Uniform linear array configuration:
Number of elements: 8
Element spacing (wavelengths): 1
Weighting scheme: kaiser
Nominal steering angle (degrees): -15
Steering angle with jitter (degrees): -16.99
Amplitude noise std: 0.05
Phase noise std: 0.05

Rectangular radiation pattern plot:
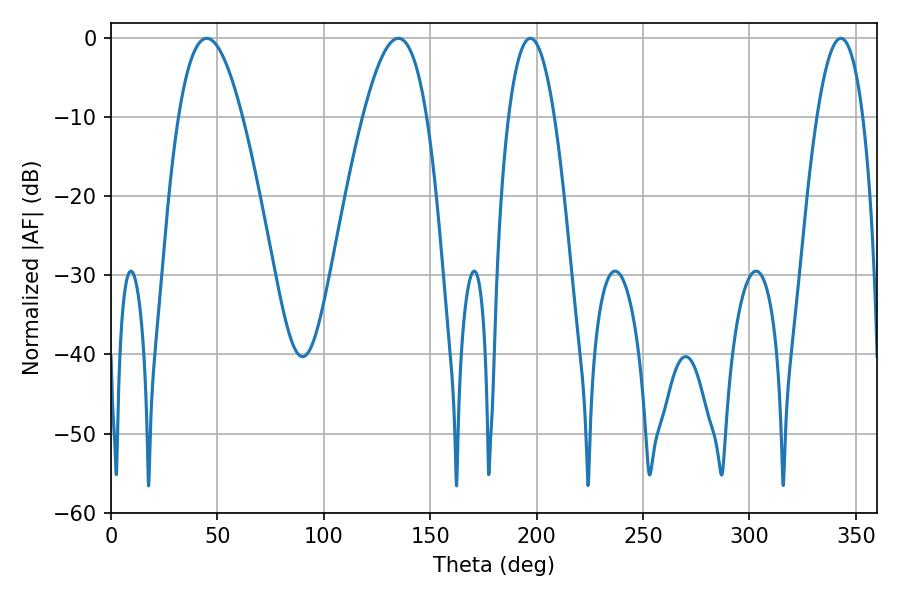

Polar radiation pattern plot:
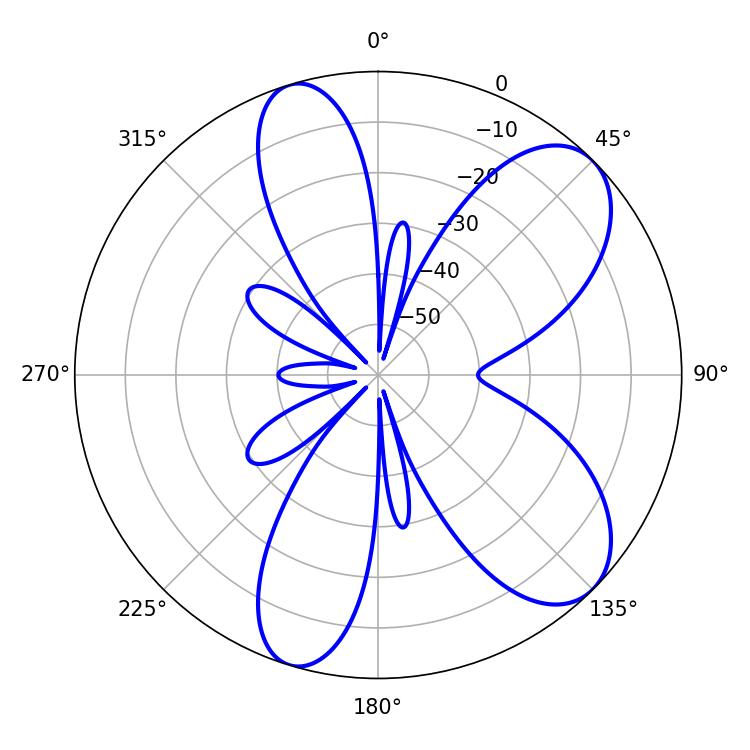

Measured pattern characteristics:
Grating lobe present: TRUE
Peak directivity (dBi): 8.13
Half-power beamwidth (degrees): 16.38
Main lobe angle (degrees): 45